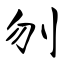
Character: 刎